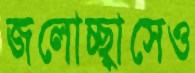
জলোচ্ছ্বাসেও